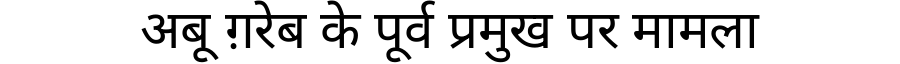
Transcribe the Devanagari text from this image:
अबू ग़रेब के पूर्व प्रमुख पर मामला